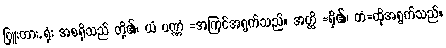
ဗြူးတား, ရုံး အစရှိသည် တို့၏၊ ယံ ပဏ္ဏံ =အကြင်အရွက်သည်။ အတ္ထိ =ရှိ၏၊ တံ=ထိုအရွက်သည်။